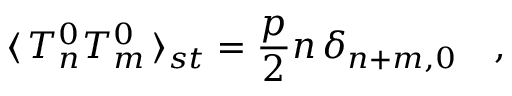
\langle \, T _ { n } ^ { 0 } T _ { m } ^ { 0 } \, \rangle _ { s t } = \frac { p } { 2 } n \, \delta _ { n + m , 0 } \quad ,